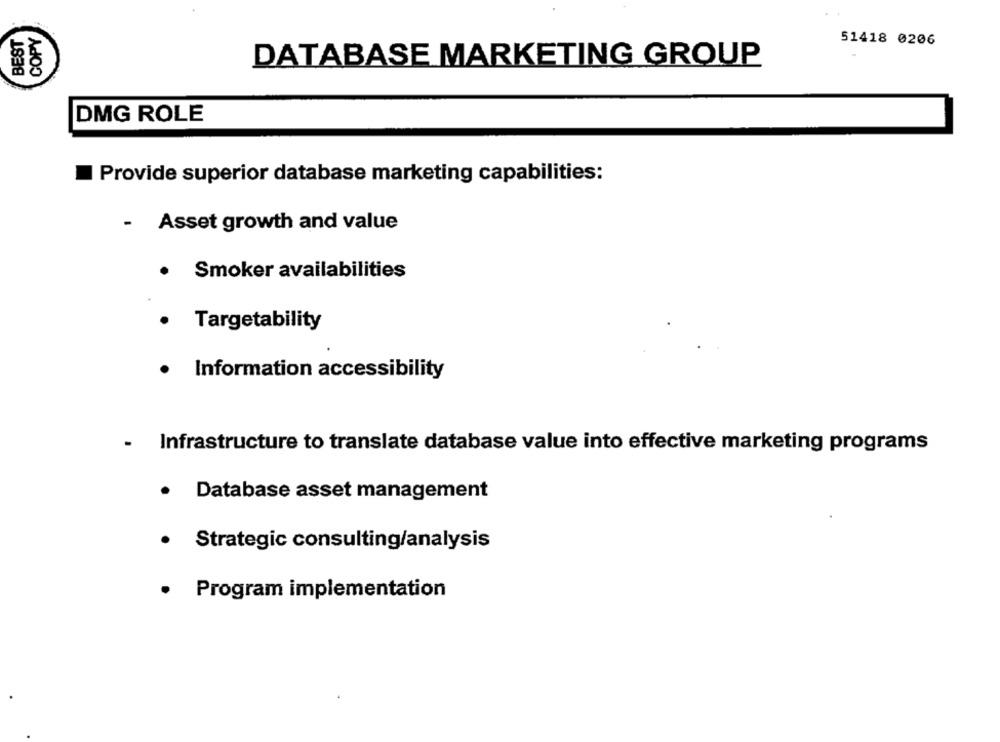
COPY
BEST
51418 0206
DATABASE MARKETING GROUP
DMG ROLE
Provide superior database marketing capabilities:
- Asset growth and value
Smoker availabilities
.
Targetability
.
Information accessibility
- Infrastructure to translate database value into effective marketing programs
.
Database asset management
· Strategic consulting/analysis
.
Program implementation